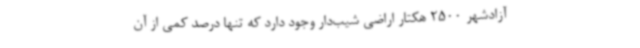
آزادشهر 2500 هکتار اراضی شیب‌دار وجود دارد که تنها درصد کمی از آن